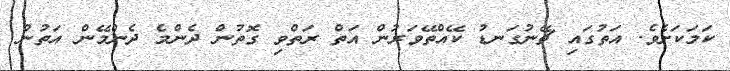
ކަމަކަށެވެ. އަތުގައި ޗޭނުގަނޑު ކޭއްތޭވަރުން އަތް ރަތްވި ގޮތުން ދެންމެ ދެންމޭން އަތުން